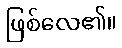
ဖြစ်လေ၏။